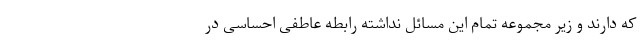
که دارند و زیر مجموعه تمام این مسائل نداشته رابطه عاطفی احساسی در